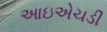
આઇએચડી